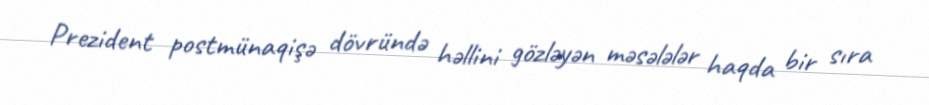
Prezident postmünaqişə dövründə həllini gözləyən məsələlər haqda bir sıra